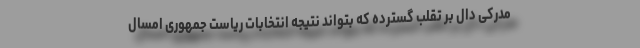
مدرکی دال بر تقلب گسترده که بتواند نتیجه انتخابات ریاست جمهوری امسال